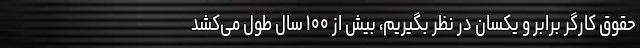
حقوق کارگر برابر و یکسان در نظر بگیریم، بیش از ۱۰۰ سال طول می‌کشد